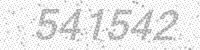
Solution: 541542